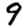
Digit: 9